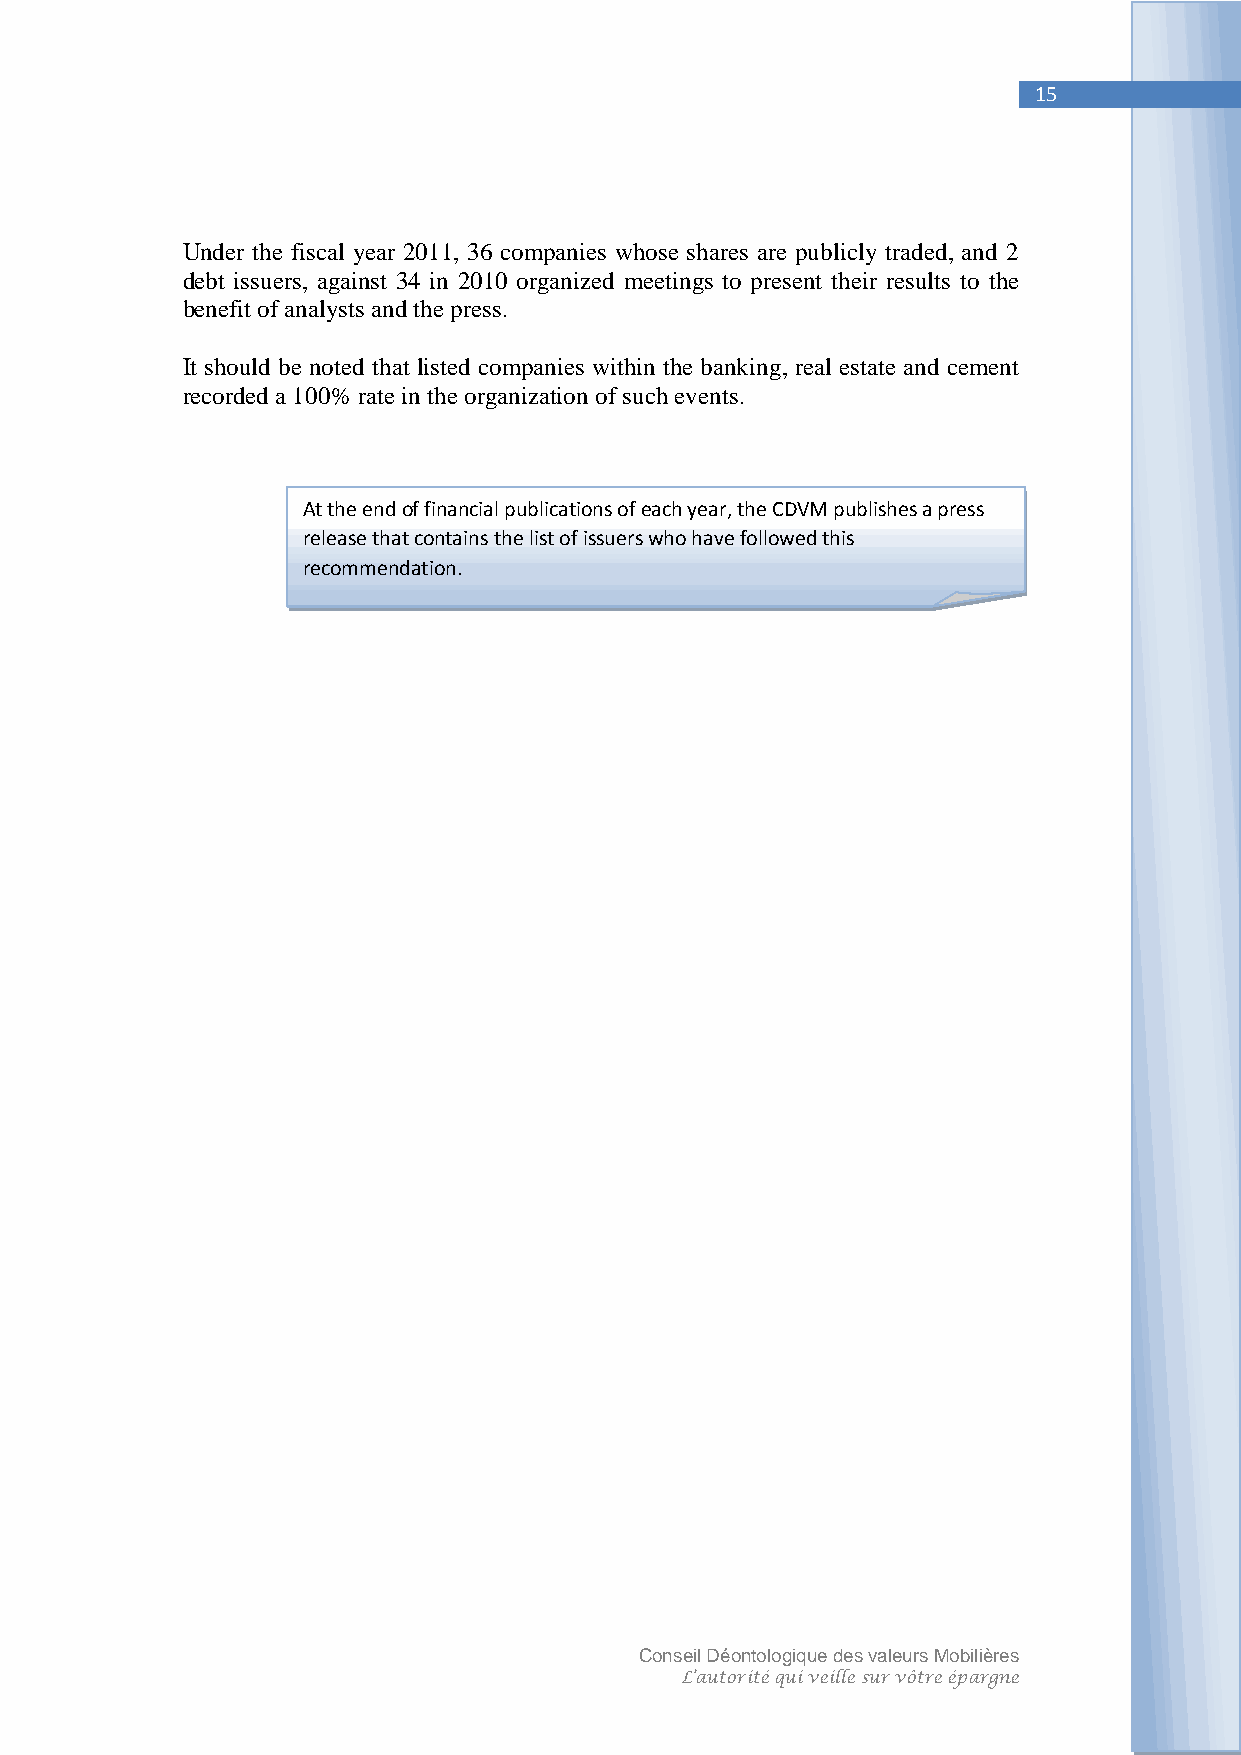
15
 Under the fiscal year 2011, 36 companies whose shares are publicly traded, and 2
 debt issuers, against 34 in 2010 organized meetings to present their results to the
 benefit of analysts and the press.
 It should be noted that listed companies within the banking, real estate and cement
 recorded a 100% rate in the organization of such events.
 At the end of financial publications of each year, the CDVM publishes a press
 release that contains the list of issuers who have followed this
 recommendation.
 Conseil Déontologique des valeurs Mobilières
 L’autorité qui veille sur vôtre épargne